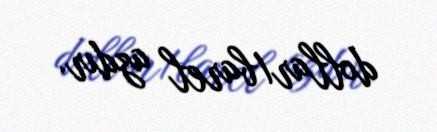
dollar/barel azdır.